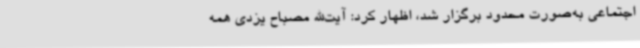
اجتماعی به‌صورت محدود برگزار شد، اظهار کرد: آیت‌الله مصباح یزدی همه